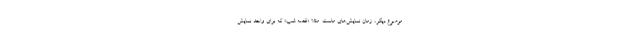
موضوع دیگر، زمان نمایش‌های ماست. مثلا «قصه شب» که برای واحد نمایش